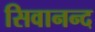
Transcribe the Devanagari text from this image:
सिवानन्द